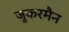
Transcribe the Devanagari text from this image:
जुकरमैन